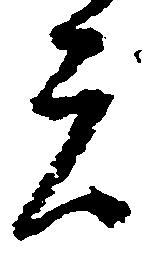
者